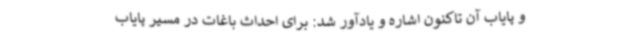
و پایاب آن تاکنون اشاره و یادآور شد: برای احداث باغات در مسیر پایاب